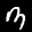
Label: 3